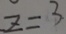
z = 3